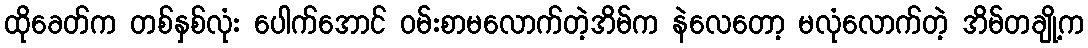
ထိုခေတ်က တစ်နှစ်လုံး ပေါက်အောင် ဝမ်းစာမလောက်တဲ့အိမ်က နဲလေတော့ မလုံလောက်တဲ့ အိမ်တချို့က